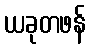
ယခုတဖန်